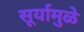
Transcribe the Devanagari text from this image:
सूर्यामुळे